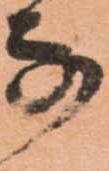
な